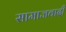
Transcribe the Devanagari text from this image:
सामाजवादी